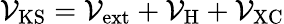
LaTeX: \mathcal{V}_{\mathrm{KS}}=\mathcal{V}_{\mathrm{ext}}+\mathcal{V}_{\mathrm{H}}+\mathcal{V}_{\mathrm{XC}}